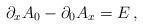
LaTeX: \begin{align*}\partial_x A_0 - \partial_0 A_x = E \, , \end{align*}